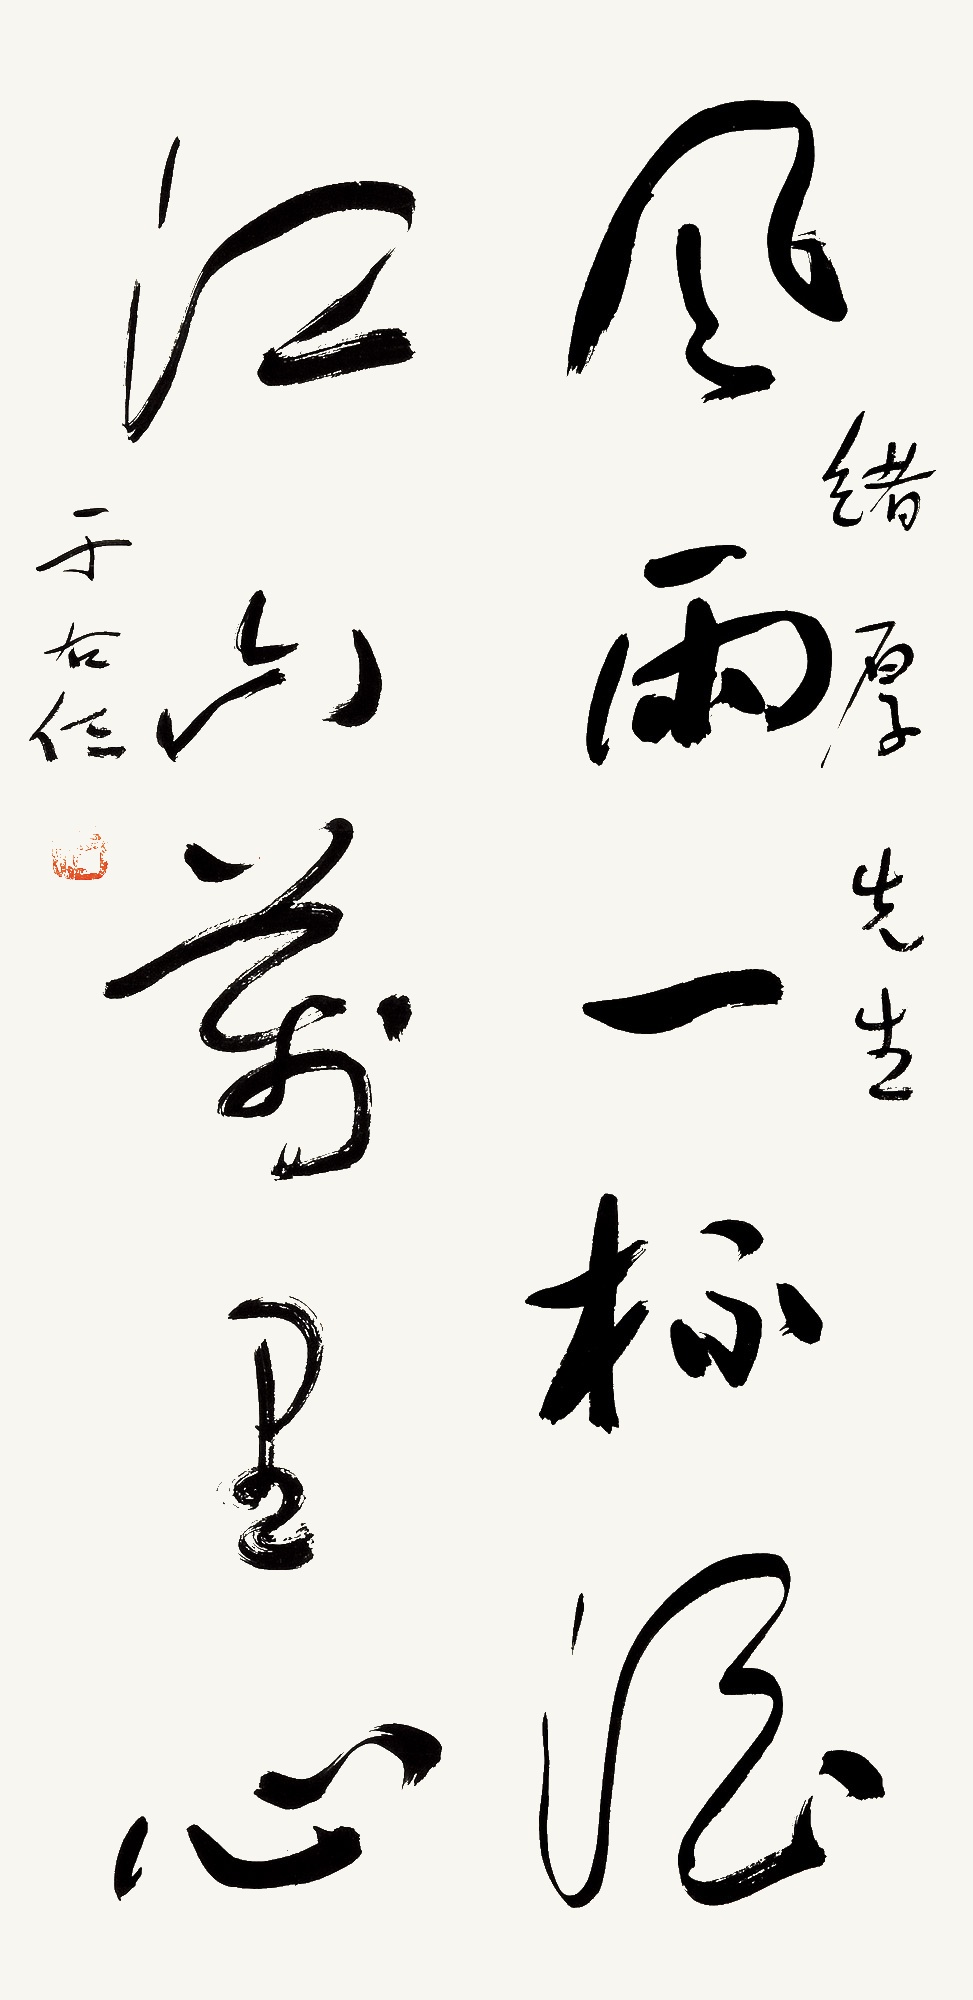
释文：风雨一杯酒，江山万里心。绪厚先生，于右任。